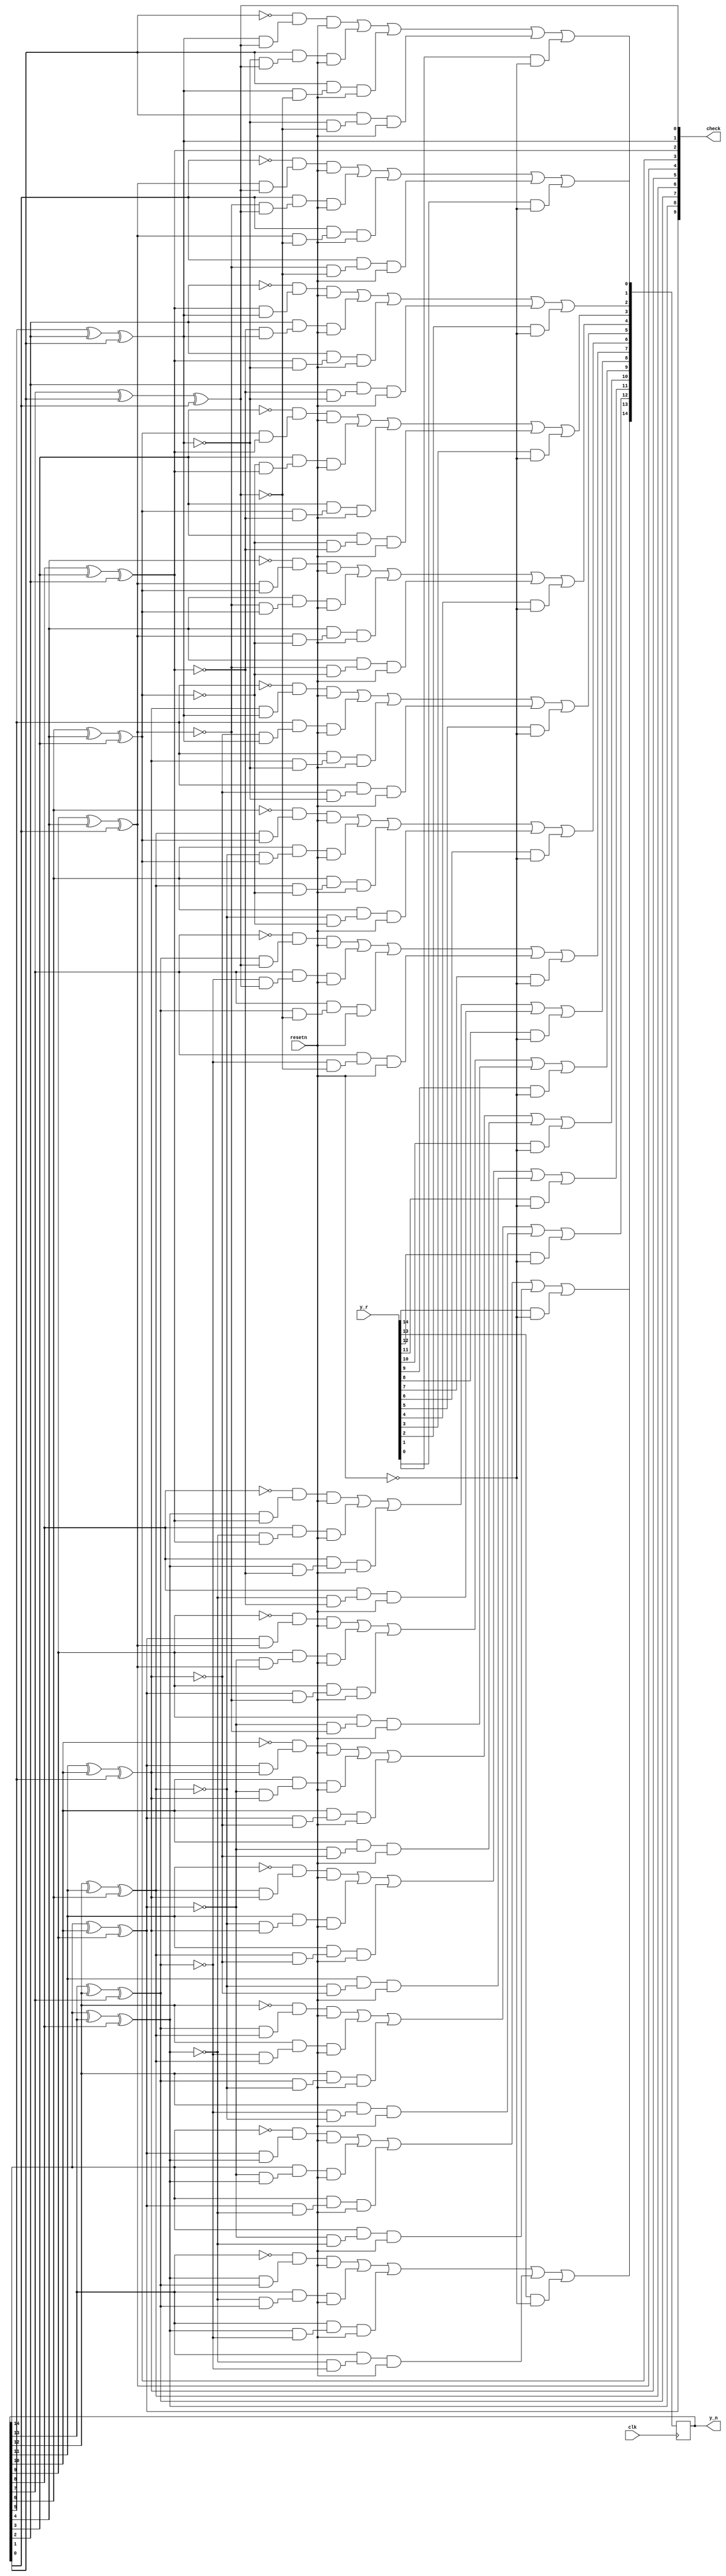
module bit_flip(
	input clk,
	input resetn,
	input [0:14] y_r,
	output [0:9] check,
	output reg [0:14] y_n
	);

//assign y = y_n&{15{resetn}};
//calculating check vector

assign check[0] = y_n[0]^y_n[4]^y_n[5];
assign check[1] = y_n[0]^y_n[1]^y_n[6];
assign check[2] = y_n[1]^y_n[2]^y_n[7];
assign check[3] = y_n[2]^y_n[3]^y_n[8];
assign check[4] = y_n[3]^y_n[4]^y_n[9];
assign check[5] = y_n[5]^y_n[10]^y_n[14];
assign check[6] = y_n[8]^y_n[10]^y_n[11];
assign check[7] = y_n[6]^y_n[11]^y_n[12];
assign check[8] = y_n[9]^y_n[12]^y_n[13];
assign check[9] = y_n[7]^y_n[13]^y_n[14];



always @(posedge clk) begin
y_n[0] = (~y_n[0]&(check[0]&check[1])&resetn) | (y_n[0]&(~check[0]&check[1])&resetn) | (y_n[0]&(check[0]&~check[1])&resetn) | (y_n[0]&(~check[0]&~check[1])&resetn) | (y_r[0]&~resetn);
y_n[1] = (~y_n[1]&(check[1]&check[2])&resetn) | (y_n[1]&(~check[1]&check[2])&resetn) | (y_n[1]&(check[1]&~check[2])&resetn) | (y_n[1]&(~check[1]&~check[2])&resetn) | (y_r[1]&~resetn);
y_n[2] = (~y_n[2]&(check[2]&check[3])&resetn) | (y_n[2]&(~check[2]&check[3])&resetn) | (y_n[2]&(check[2]&~check[3])&resetn) | (y_n[2]&(~check[2]&~check[3])&resetn) | (y_r[2]&~resetn);
y_n[3] = (~y_n[3]&(check[3]&check[4])&resetn) | (y_n[3]&(~check[3]&check[4])&resetn) | (y_n[3]&(check[3]&~check[4])&resetn) | (y_n[3]&(~check[3]&~check[4])&resetn) | (y_r[3]&~resetn);
y_n[4] = (~y_n[4]&(check[0]&check[4])&resetn) | (y_n[4]&(~check[0]&check[4])&resetn) | (y_n[4]&(check[0]&~check[4])&resetn) | (y_n[4]&(~check[0]&~check[4])&resetn) | (y_r[4]&~resetn);
y_n[5] = (~y_n[5]&(check[0]&check[5])&resetn) | (y_n[5]&(~check[0]&check[5])&resetn) | (y_n[5]&(check[0]&~check[5])&resetn) | (y_n[5]&(~check[0]&~check[5])&resetn) | (y_r[5]&~resetn);
y_n[6] = (~y_n[6]&(check[1]&check[7])&resetn) | (y_n[6]&(~check[1]&check[7])&resetn) | (y_n[6]&(check[1]&~check[7])&resetn) | (y_n[6]&(~check[1]&~check[7])&resetn) | (y_r[6]&~resetn);
y_n[7] = (~y_n[7]&(check[2]&check[9])&resetn) | (y_n[7]&(~check[2]&check[9])&resetn) | (y_n[7]&(check[2]&~check[9])&resetn) | (y_n[7]&(~check[2]&~check[9])&resetn) | (y_r[7]&~resetn);
y_n[8] = (~y_n[8]&(check[3]&check[6])&resetn) | (y_n[8]&(~check[3]&check[6])&resetn) | (y_n[8]&(check[3]&~check[6])&resetn) | (y_n[8]&(~check[3]&~check[6])&resetn) | (y_r[8]&~resetn);
y_n[9] = (~y_n[9]&(check[4]&check[8])&resetn) | (y_n[9]&(~check[4]&check[8])&resetn) | (y_n[9]&(check[4]&~check[8])&resetn) | (y_n[9]&(~check[4]&~check[8])&resetn) | (y_r[9]&~resetn);
y_n[10] = (~y_n[10]&(check[5]&check[6])&resetn) | (y_n[10]&(~check[5]&check[6])&resetn) | (y_n[10]&(check[5]&~check[6])&resetn) | (y_n[10]&(~check[5]&~check[6])&resetn) | (y_r[10]&~resetn);
y_n[11] = (~y_n[11]&(check[6]&check[7])&resetn) | (y_n[11]&(~check[6]&check[7])&resetn) | (y_n[11]&(check[6]&~check[7])&resetn) | (y_n[11]&(~check[6]&~check[7])&resetn) | (y_r[11]&~resetn);
y_n[12] = (~y_n[12]&(check[7]&check[8])&resetn) | (y_n[12]&(~check[7]&check[8])&resetn) | (y_n[12]&(check[7]&~check[8])&resetn) | (y_n[12]&(~check[7]&~check[8])&resetn) | (y_r[12]&~resetn);
y_n[13] = (~y_n[13]&(check[8]&check[9])&resetn) | (y_n[13]&(~check[8]&check[9])&resetn) | (y_n[13]&(check[8]&~check[9])&resetn) | (y_n[13]&(~check[8]&~check[9])&resetn) | (y_r[13]&~resetn);
y_n[14] = (~y_n[14]&(check[5]&check[9])&resetn) | (y_n[14]&(~check[5]&check[9])&resetn) | (y_n[14]&(check[5]&~check[9])&resetn) | (y_n[14]&(~check[5]&~check[9])&resetn) | (y_r[14]&~resetn);

end





/*always @(posedge clk) begin
	
	if(check[0]&&check[1])
		y_n1[0] <= ~y_n1[0];
	else
		y_n1[0] <= y_n1[0];

	if(check[1]&&check[2])
		y_n1[1] <= ~y_n1[1];
	else
		y_n1[1] <= y_n1[1];

	if(check[2]&&check[3])
		y_n1[2] <= ~y_n1[2];
	else
		y_n1[2] <= y_n1[2];

	if(check[3]&&check[4])
		y_n1[3] <= ~y_n1[3];
	else
		y_n1[3] <= y_n1[3];

	if(check[0]&&check[4])
		y_n1[4] <= ~y_n1[4];
	else
		y_n1[4] <= y_n1[4];

	if(check[0]&&check[5])
		y_n1[5] <= ~y_n1[5];
	else
		y_n1[5] <= y_n1[5];

	if(check[1]&&check[7])
		y_n1[6] <= ~y_n1[6];
	else
		y_n1[6] <= y_n1[6];

	if(check[2]&&check[9])
		y_n1[7] <= ~y_n1[7];
	else
		y_n1[7] <= y_n1[7];

	if(check[3]&&check[6])
		y_n1[8] <= ~y_n1[8];
	else
		y_n1[8] <= y_n1[8];

	if(check[4]&&check[8])
		y_n1[9] <= ~y_n1[9];
	else
		y_n1[9] <= y_n1[9];

	if(check[5]&&check[6])
		y_n1[10] <= ~y_n1[10];
	else
		y_n1[10] <= y_n1[10];

	if(check[6]&&check[7])
		y_n1[11] <= ~y_n1[11];
	else
		y_n1[11] <= y_n1[11];

	if(check[7]&&check[8])
		y_n1[12] <= ~y_n1[12];
	else
		y_n1[12] <= y_n1[12];

	if(check[8]&&check[9])
		y_n1[13] <= ~y_n1[13];
	else
		y_n1[13] <= y_n1[13];

	if(check[5]&&check[9])
		y_n1[14] <= ~y_n1[14];
	else
		y_n1[14] <= y_n1[14];

end*/

	
endmodule